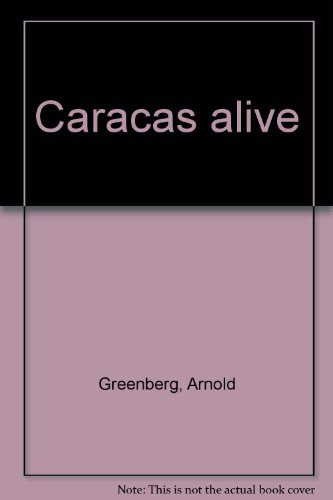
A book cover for Caracas alive; Arnold Greenberg; Travel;